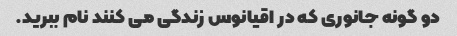
دو گونه جانوری که در اقیانوس زندگی می کنند نام ببرید.